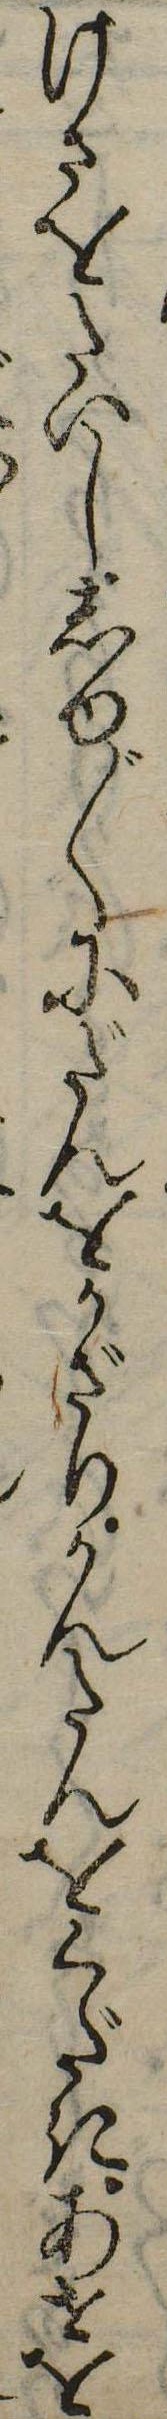
けさをたいししゆ〲にだんをかざりかんたんをくだきあせを